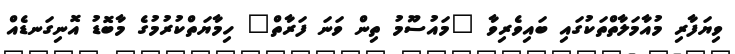
ވިޔަފާރި މުއާމަލާތްތަކުގައި ބައިވެރިވާ "މައުސޫމު ތިން ވަނަ ފަރާތް" ހިމާޔަތްކުރުމުގެ މާބޮޑު އޮނިގަނޑެއް